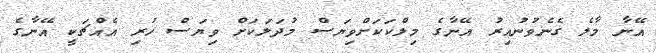
އޭނާ މާލެ ގެނެވުނުއިރު އޭނާގެ މިލްކަކަށްވިޔަސް މުދަލަކަށް ވިޔަސް ހުރި އެއްޗަކީ އޭނާގެ